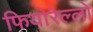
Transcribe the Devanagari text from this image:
फियोरेल्‍लो